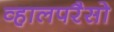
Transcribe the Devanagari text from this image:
व्हालपरैसो